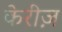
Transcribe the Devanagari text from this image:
केरीज़